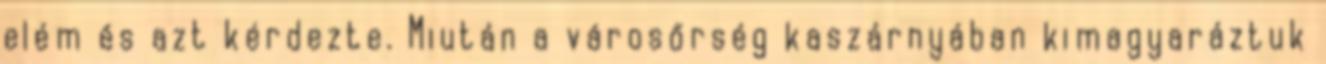
elém és azt kérdezte. Miután a városőrség kaszárnyában kimagyaráztuk